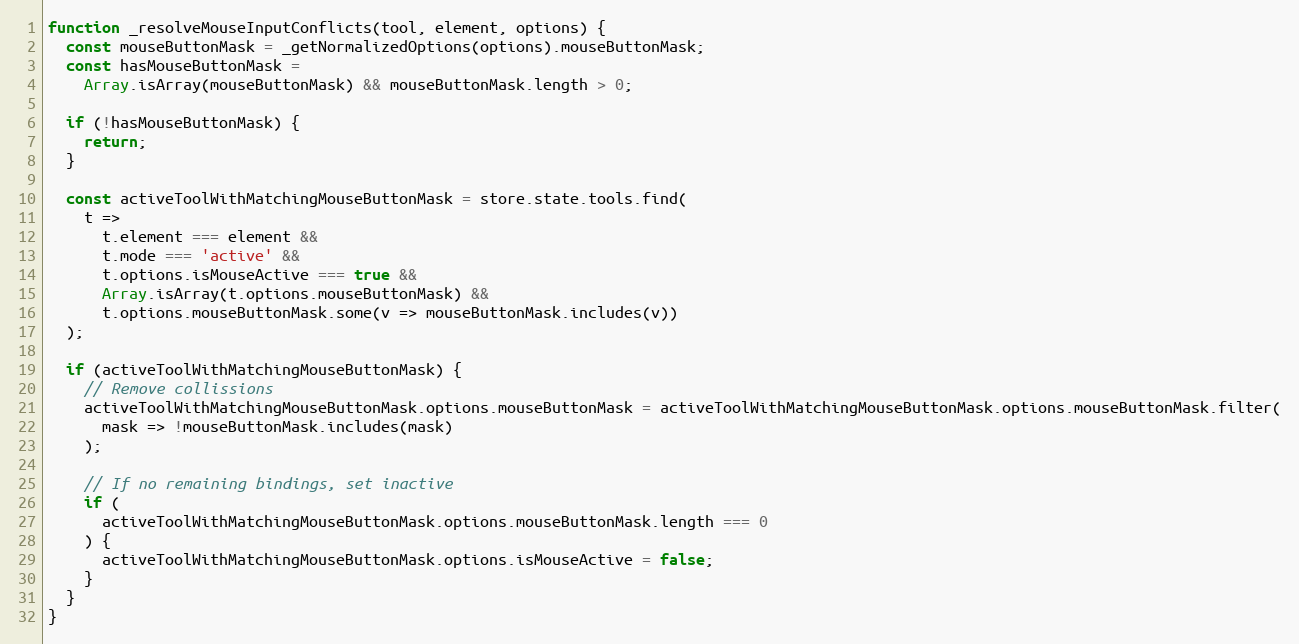
Language: JavaScript
function _resolveMouseInputConflicts(tool, element, options) {
  const mouseButtonMask = _getNormalizedOptions(options).mouseButtonMask;
  const hasMouseButtonMask =
    Array.isArray(mouseButtonMask) && mouseButtonMask.length > 0;

  if (!hasMouseButtonMask) {
    return;
  }

  const activeToolWithMatchingMouseButtonMask = store.state.tools.find(
    t =>
      t.element === element &&
      t.mode === 'active' &&
      t.options.isMouseActive === true &&
      Array.isArray(t.options.mouseButtonMask) &&
      t.options.mouseButtonMask.some(v => mouseButtonMask.includes(v))
  );

  if (activeToolWithMatchingMouseButtonMask) {
    // Remove collissions
    activeToolWithMatchingMouseButtonMask.options.mouseButtonMask = activeToolWithMatchingMouseButtonMask.options.mouseButtonMask.filter(
      mask => !mouseButtonMask.includes(mask)
    );

    // If no remaining bindings, set inactive
    if (
      activeToolWithMatchingMouseButtonMask.options.mouseButtonMask.length === 0
    ) {
      activeToolWithMatchingMouseButtonMask.options.isMouseActive = false;
    }
  }
}